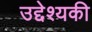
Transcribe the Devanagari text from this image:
उद्देश्यकी